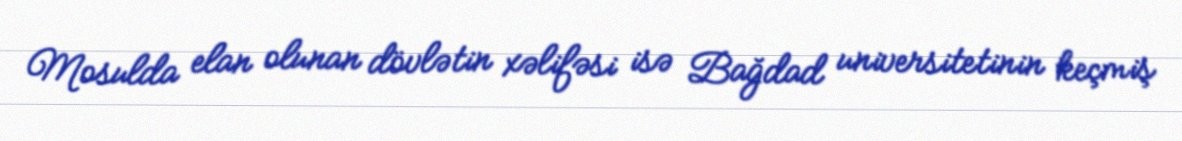
Mosulda elan olunan dövlətin xəlifəsi isə Bağdad universitetinin keçmiş